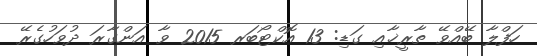
ހަފްލާ ބޭއްވޭ ތާރީޚާއި ގަޑި: 13 އޮކްޓޯބަރ 2015 ވާ އަންގާރަ ދުވަހުގެރޭ